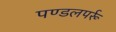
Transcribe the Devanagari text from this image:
पण्डलपर्रू